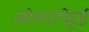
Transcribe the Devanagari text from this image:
जोलारपेट्टई